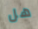
هل